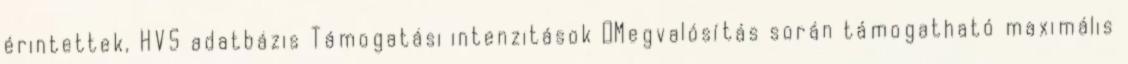
érintettek, HVS adatbázis Támogatási intenzitások ▪Megvalósítás során támogatható maximális